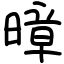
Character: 暲